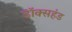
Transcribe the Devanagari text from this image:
डॉक्सहंड